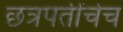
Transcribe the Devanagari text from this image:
छत्रपतींचेच